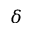
\delta